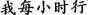
我每小时行